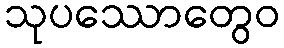
သုပဿောတွေဝ